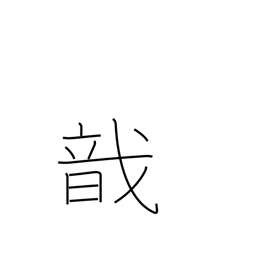
Meaning: to gather